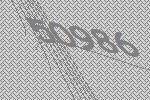
50986